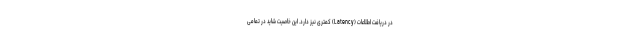
در دریافت اطلاعات (Latency) کمتری نیز دارد. این خاصیت شاید در تمامی